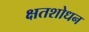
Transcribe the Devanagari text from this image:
क्षतशोधन